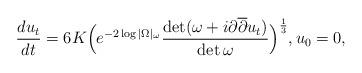
LaTeX: \begin{align*} \frac{du_t}{dt} = 6K \Big(e^{-2 \log |\Omega|_{\omega}} \frac{\det (\omega + i \partial \overline{\partial} u_t)}{\det \omega} \Big)^\frac{1}{3}, u_0 = 0,\end{align*}